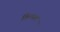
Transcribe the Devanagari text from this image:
विनयल